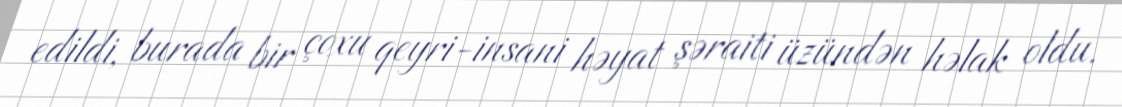
edildi, burada bir çoxu qeyri-insani həyat şəraiti üzündən həlak oldu.